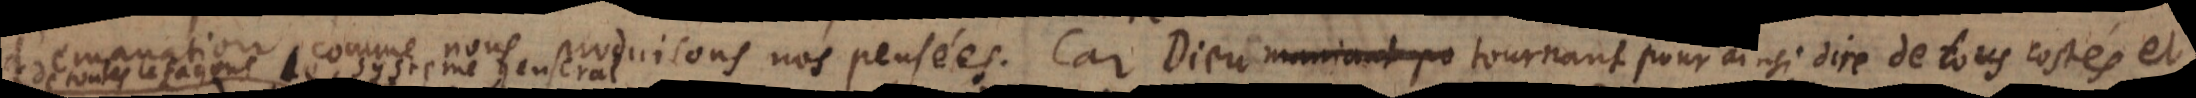
d’emanation, comme nous produisons nos pensées. Car Dieu tournant pour ainsi dire de tous costés et